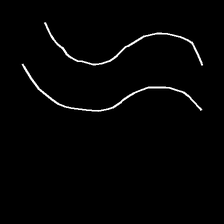
Glyph: float